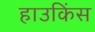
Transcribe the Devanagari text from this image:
हाउकिंस